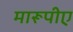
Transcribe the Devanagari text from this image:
मारूपीए